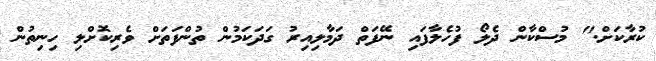
ކުރާކަށް." މުސްކާން ދެލޯ ފުހެލާފައި ނޭފަތް ދަމާލިއިރު ގަދަކަމުން ތުންފަތަށް ވެރިކޮށްލި ހިނިތުން